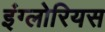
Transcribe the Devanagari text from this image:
इंग्लोरियस